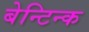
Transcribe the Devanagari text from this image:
बेन्टिन्क